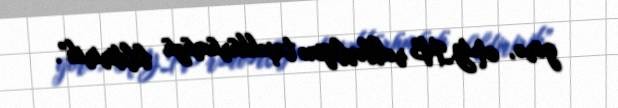
görə, AYİB rəhbərliyinə təşəkkürümüzü bildiririk”.